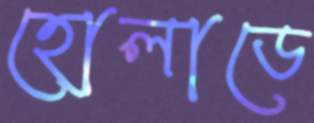
হোলাডে